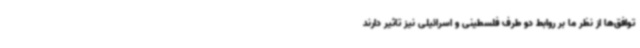
توافق‌ها از نظر ما بر روابط دو طرف فلسطینی و اسرائیلی نیز تاثیر دارند